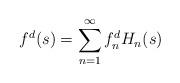
LaTeX: \begin{align*}f^d(s) = \sum_{n=1}^{\infty} f_n^d H_n(s)\end{align*}